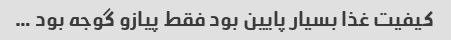
کیفیت غذا بسیار پایین بود فقط پیازو گوجه بود …